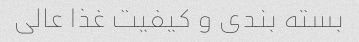
بسته بندی و کیفیت غذا عالی